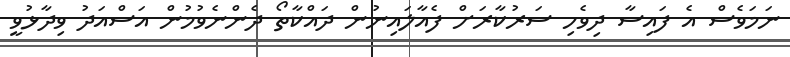
ނަމަވެސް އެ ފައިސާ ދިވެހި ސަރުކާރަށް ފެއާލައިނުން ދައްކާތޯ ދެންނެވުމުން އަސްއަދު ވިދާޅުވީ